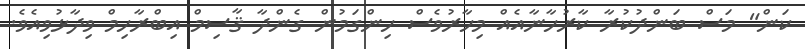
ކަން" މަސް ބަންދުކުރާ ކާރުހާނާއެއް މިހާރުވެސް ހިންގަމުން ގެންދާ ޤާސިމް އިބްރާހިމް ވިދާޅުވިއެވެ.